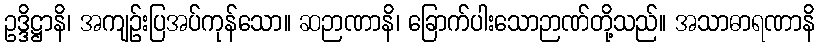
ဥဒ္ဒိဋ္ဌာနိ၊ အကျဉ်းပြအပ်ကုန်သော။ ဆဉာဏာနိ၊ ခြောက်ပါးသောဉာဏ်တို့သည်။ အသာဓာရဏာနိ